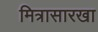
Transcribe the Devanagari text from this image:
मित्रासारखा